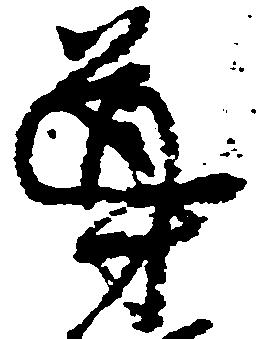
導